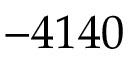
- 4 1 4 0